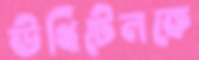
উখিটেলকে